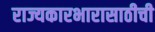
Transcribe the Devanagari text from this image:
राज्यकारभारासाठीची